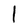
Character: l